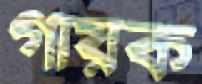
গায়ক